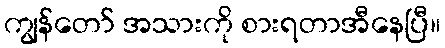
ကျွန်တော် အသားကို စားရတာအီနေပြီ။